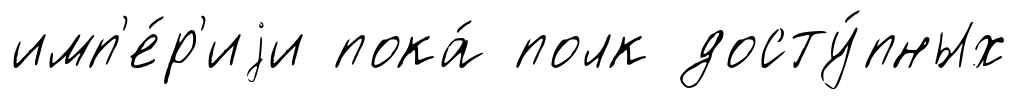
имп'е́р'иjи пока́ полк досту́пных